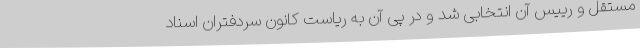
مستقل و رییس آن انتخابی شد و در پی آن به ریاست کانون سردفتران اسناد